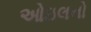
ઓઇલનો